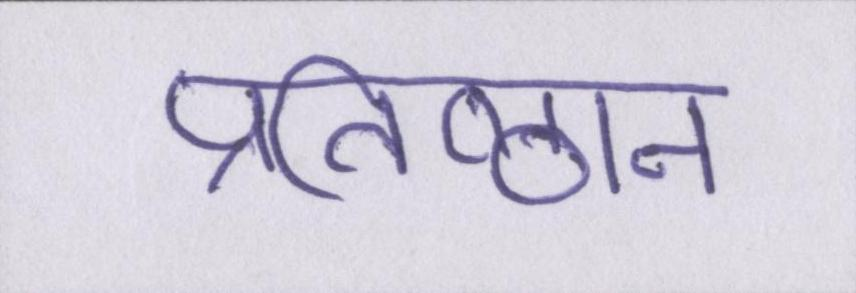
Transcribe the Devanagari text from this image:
प्रतिष्ठान